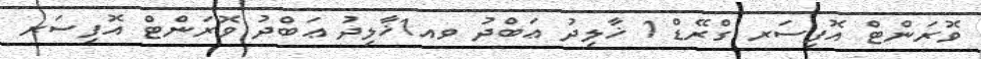
ވޮރަންޓް އޮފިސަރ ގްރޭޑް 1 ޚާލިދު ޢަބްދު ވއ1ޚާލިދު ޢަބްދު ވޮރަންޓް އޮފިސަރ